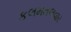
કલમતલવાર